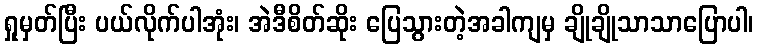
ရှုမှတ်ပြီး ပယ်လိုက်ပါအုံး၊ အဲဒီစိတ်ဆိုး ပြေသွားတဲ့အခါကျမှ ချိုချိုသာသာပြောပါ၊